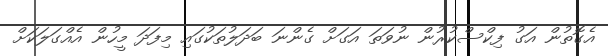
އެގޮތުން އަގު ފިކްސްކުރުން ނުވަތަ އަގަށް ގެންނަ ބަދަލުތަކުގައި މިފަދަ މީހުން އެއްގަލަކަށް